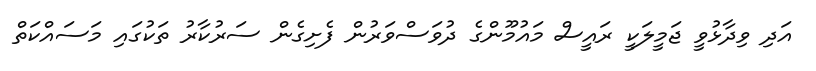
އަދި ވިދާޅުވީ ޖަމީލަކީ ރައީސް މައުމޫންގެ ދުވަސްވަރުން ފެށިގެން ސަރުކާރު ތަކުގައި މަސައްކަތް